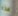
هذه